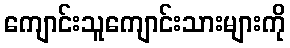
ကျောင်းသူကျောင်းသားများကို